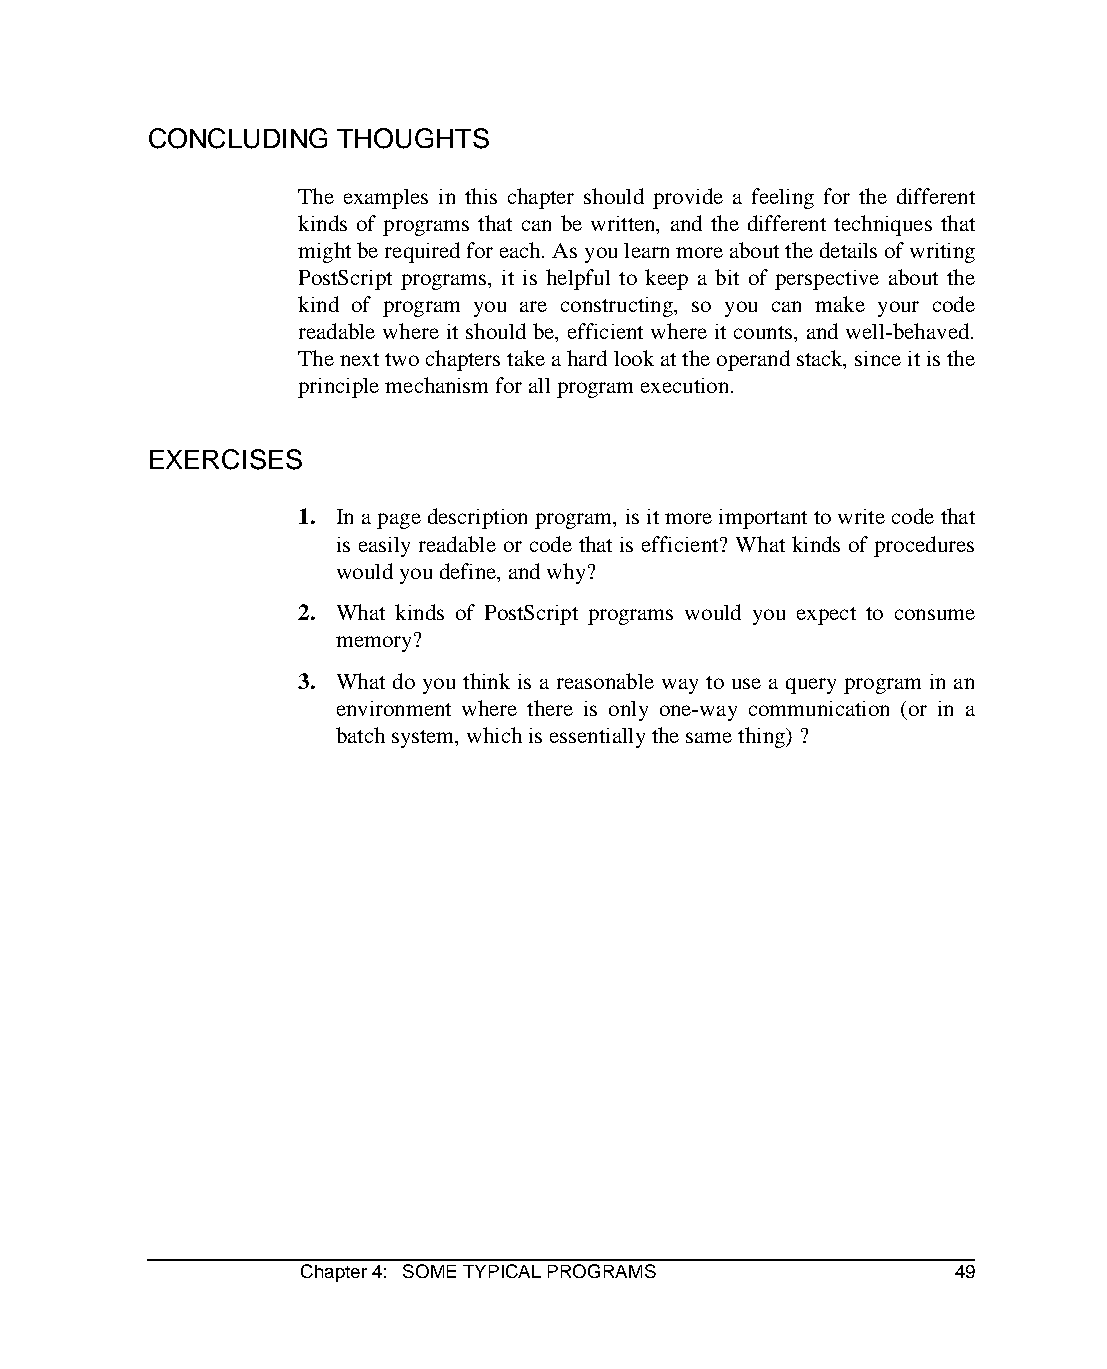
CONCLUDING   THOUGHTS
 The examples in this chapter should provide a feeling for the different
 kinds of programs that can be written, and the different techniques that
 might be required for each. As you learn more about the details of writing
 PostScript programs, it is helpful to keep a bit of perspective about the
 kind of program you are constructing, so you can make your code
 readable where it should be, efficient where it counts, and well-behaved.
 The next two chapters take a hard look at the operand stack, since it is the
 principle mechanism for all program execution.
 EXERCISES
 1. In a page description program, is it more important to write code that
 is easily readable or code that is efficient? What kinds of procedures
 would you define, and why?
 2. What kinds of PostScript programs would you expect to consume
 memory?
 3. What do you think is a reasonable way to use a query program in an
 environment where there is only one-way communication (or in a
 batch system, which is essentially the same thing) ?
 Chapter 4: SOME TYPICAL PROGRAMS           49